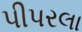
પીપરલા